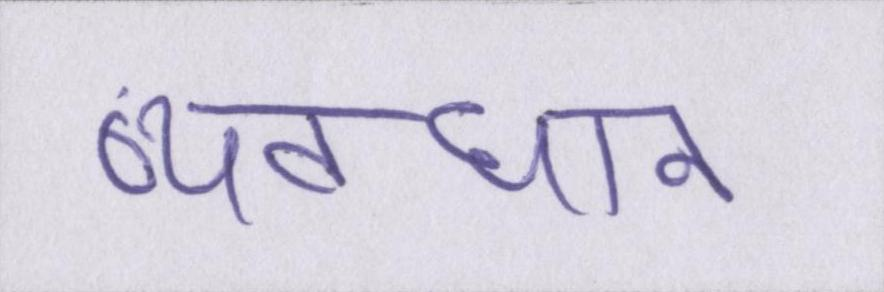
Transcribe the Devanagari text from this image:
व्यवधान